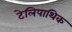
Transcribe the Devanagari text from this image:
टेलिपाथिक